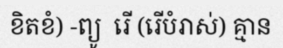
ខិតខំ) -ព្យូ  រើ (រើបំរាស់) គ្មាន